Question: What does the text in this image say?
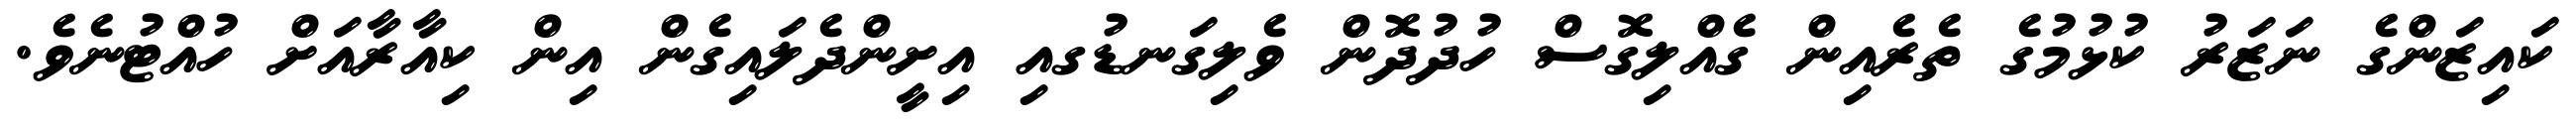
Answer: ކައިޒަންގެ ނަޒަރު ކުޅުމުގެ ތެރެއިން ގެއްލިގޮސް ހުދުދޮން ވެލިގަނޑުގއި އިށީންދެލައިގެން އިން ކިއާރާއަށް ހުއްޓުނެވެ.